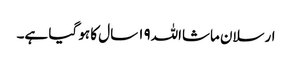
ارسلان ماشااللہ١٩ سال کا ہو گیا ہے۔